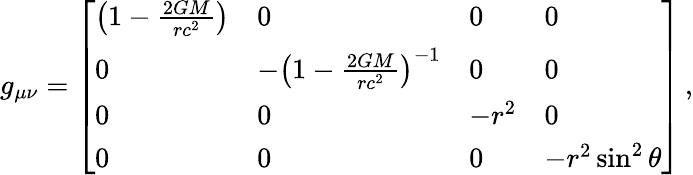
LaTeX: g_{\mu\nu}={\left[\begin{array}{llll}{\left(1-{\frac{2GM}{rc^{2}}}\right)}&{0}&{0}&{0}\\ {0}&{-\left(1-{\frac{2GM}{rc^{2}}}\right)^{-1}}&{0}&{0}\\ {0}&{0}&{-r^{2}}&{0}\\ {0}&{0}&{0}&{-r^{2}\sin^{2}\theta}\end{array}\right]}\, ,